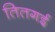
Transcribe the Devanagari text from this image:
तितगई